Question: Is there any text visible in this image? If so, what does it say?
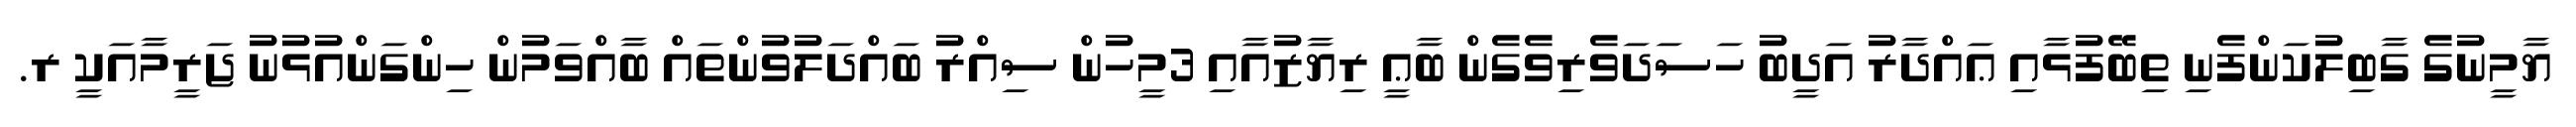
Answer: ޔާމީނުގެ ގާބިލުކަންފެނި ތިބޭފުޅާއި ޢައްދާރު އަދީބު ހަސަދަވެރިވެގެން ބާޢީ ރިޔާޒުއާއި 3މީހުން ސިއްރު ބައްދަލުވުންތައް ބާއްވަމުން ހިންގަންއުޅުނު ޖަރީމާއަކީ ރ.